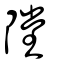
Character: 隚